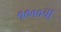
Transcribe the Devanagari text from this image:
१९००चा